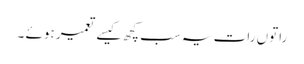
راتوں رات یہ سب کچھ کیسے تعمیر ہوئے ۔